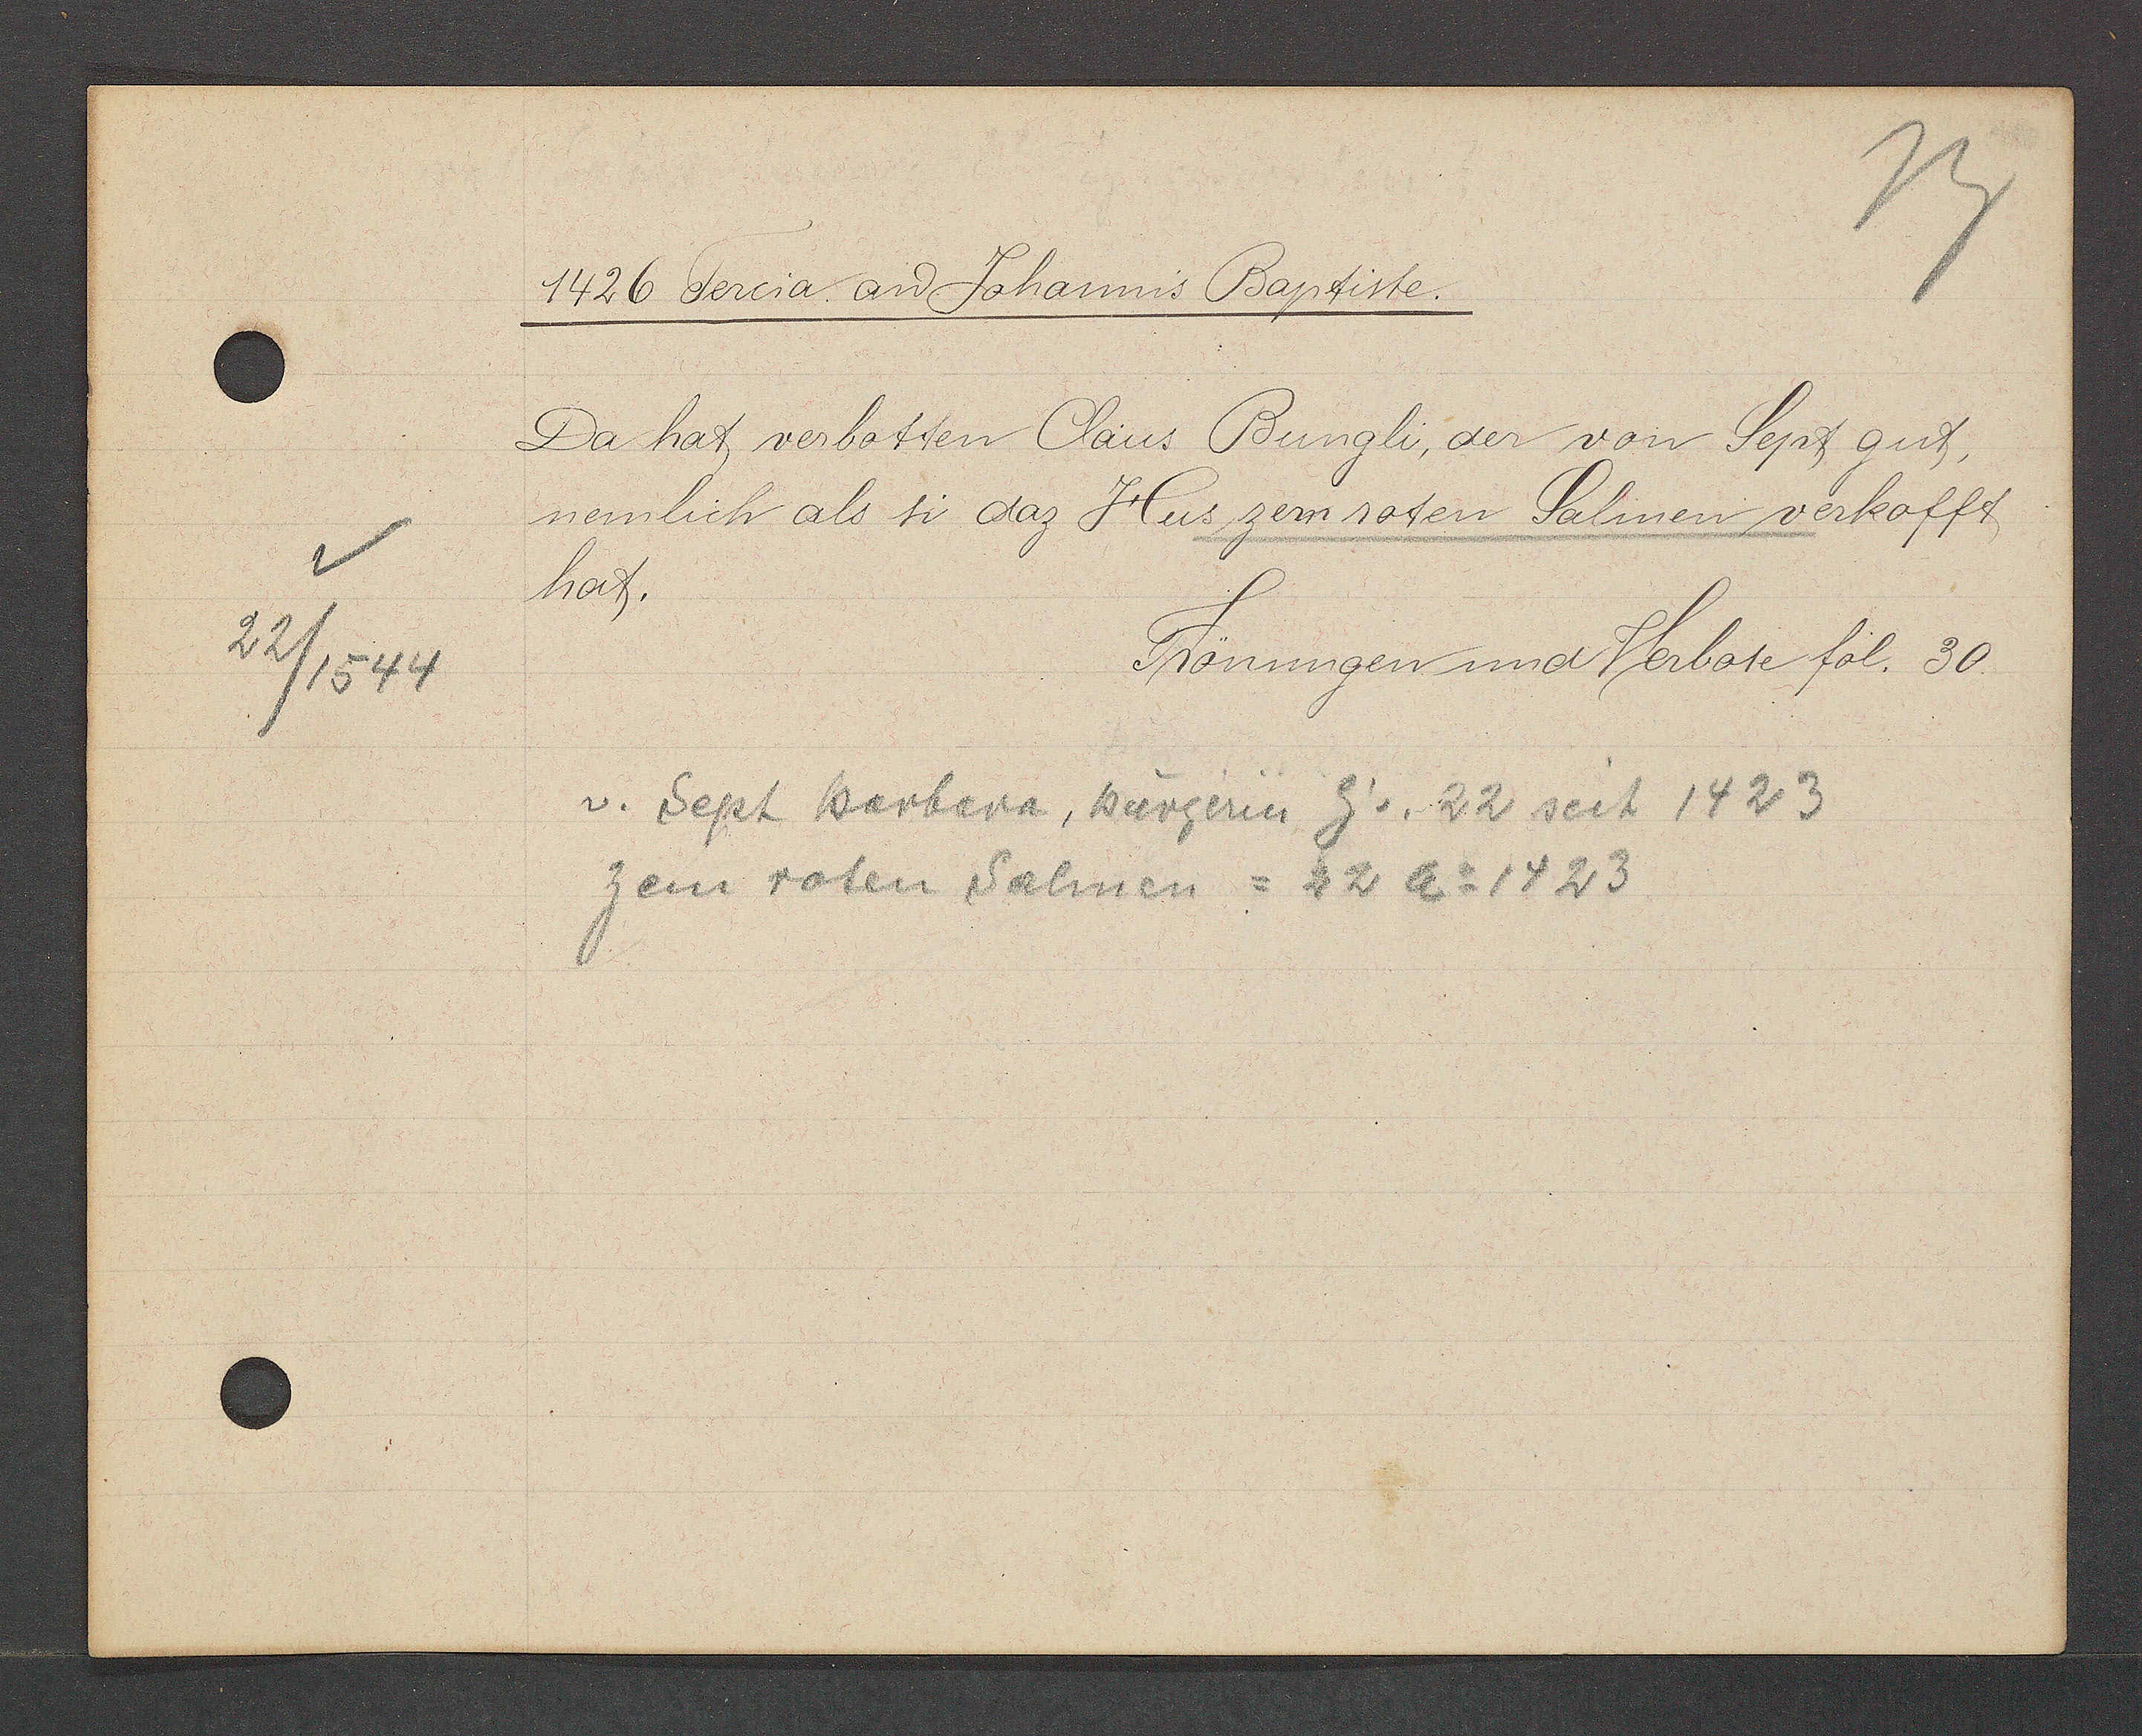
Transcript:
22/1544

1426 Tercia aȵ Johannis Baptiste.
Da hat verbotten Claus Bungli, der von Sept gut,
nemlich als si daz Hus zem roten Salinen verkofft
hat.
Frönungen und Verbote fol. 30.
v. Sept Barbara, burgerin Eg. v. 22 seit 1423
zem roten Salinen = 22 A o 1423